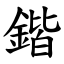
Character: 鍇